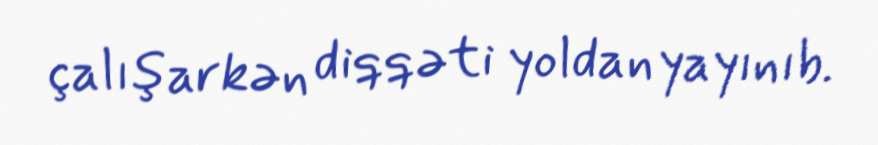
çalışarkən diqqəti yoldan yayınıb.